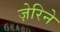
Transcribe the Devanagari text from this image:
ज़ेरिने